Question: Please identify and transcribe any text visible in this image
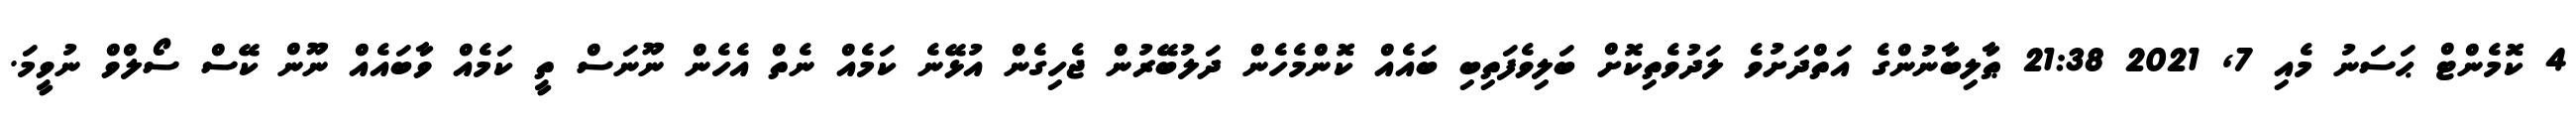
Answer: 4 ކޮމެންޓް ޙަސަނު މެއި 7, 2021 21:38 ޠާލިބާނުންގެ އަތްދަށުވެ ލަދުވެތިކޮށް ބަލިވެފަތިބި ބައެއް ކޮންމެހެން ދަލުބޭރުން ޖެހިގެން އުޅޭނެ ކަމެއް ނެތް އެހެން ނޫނަސް ތީ ކަމެއް ވާބައެއް ނޫން ކޭސް ސޯލްވް ނުވީމަ.